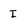
Character: I